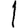
Digit: 1